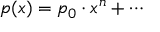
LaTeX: p ( x ) = p _ { 0 } \cdot x ^ { n } + \cdots